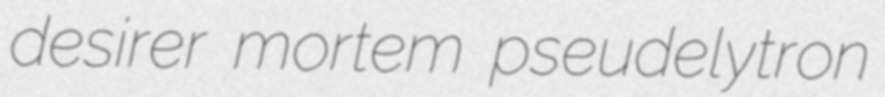
desirer mortem pseudelytron